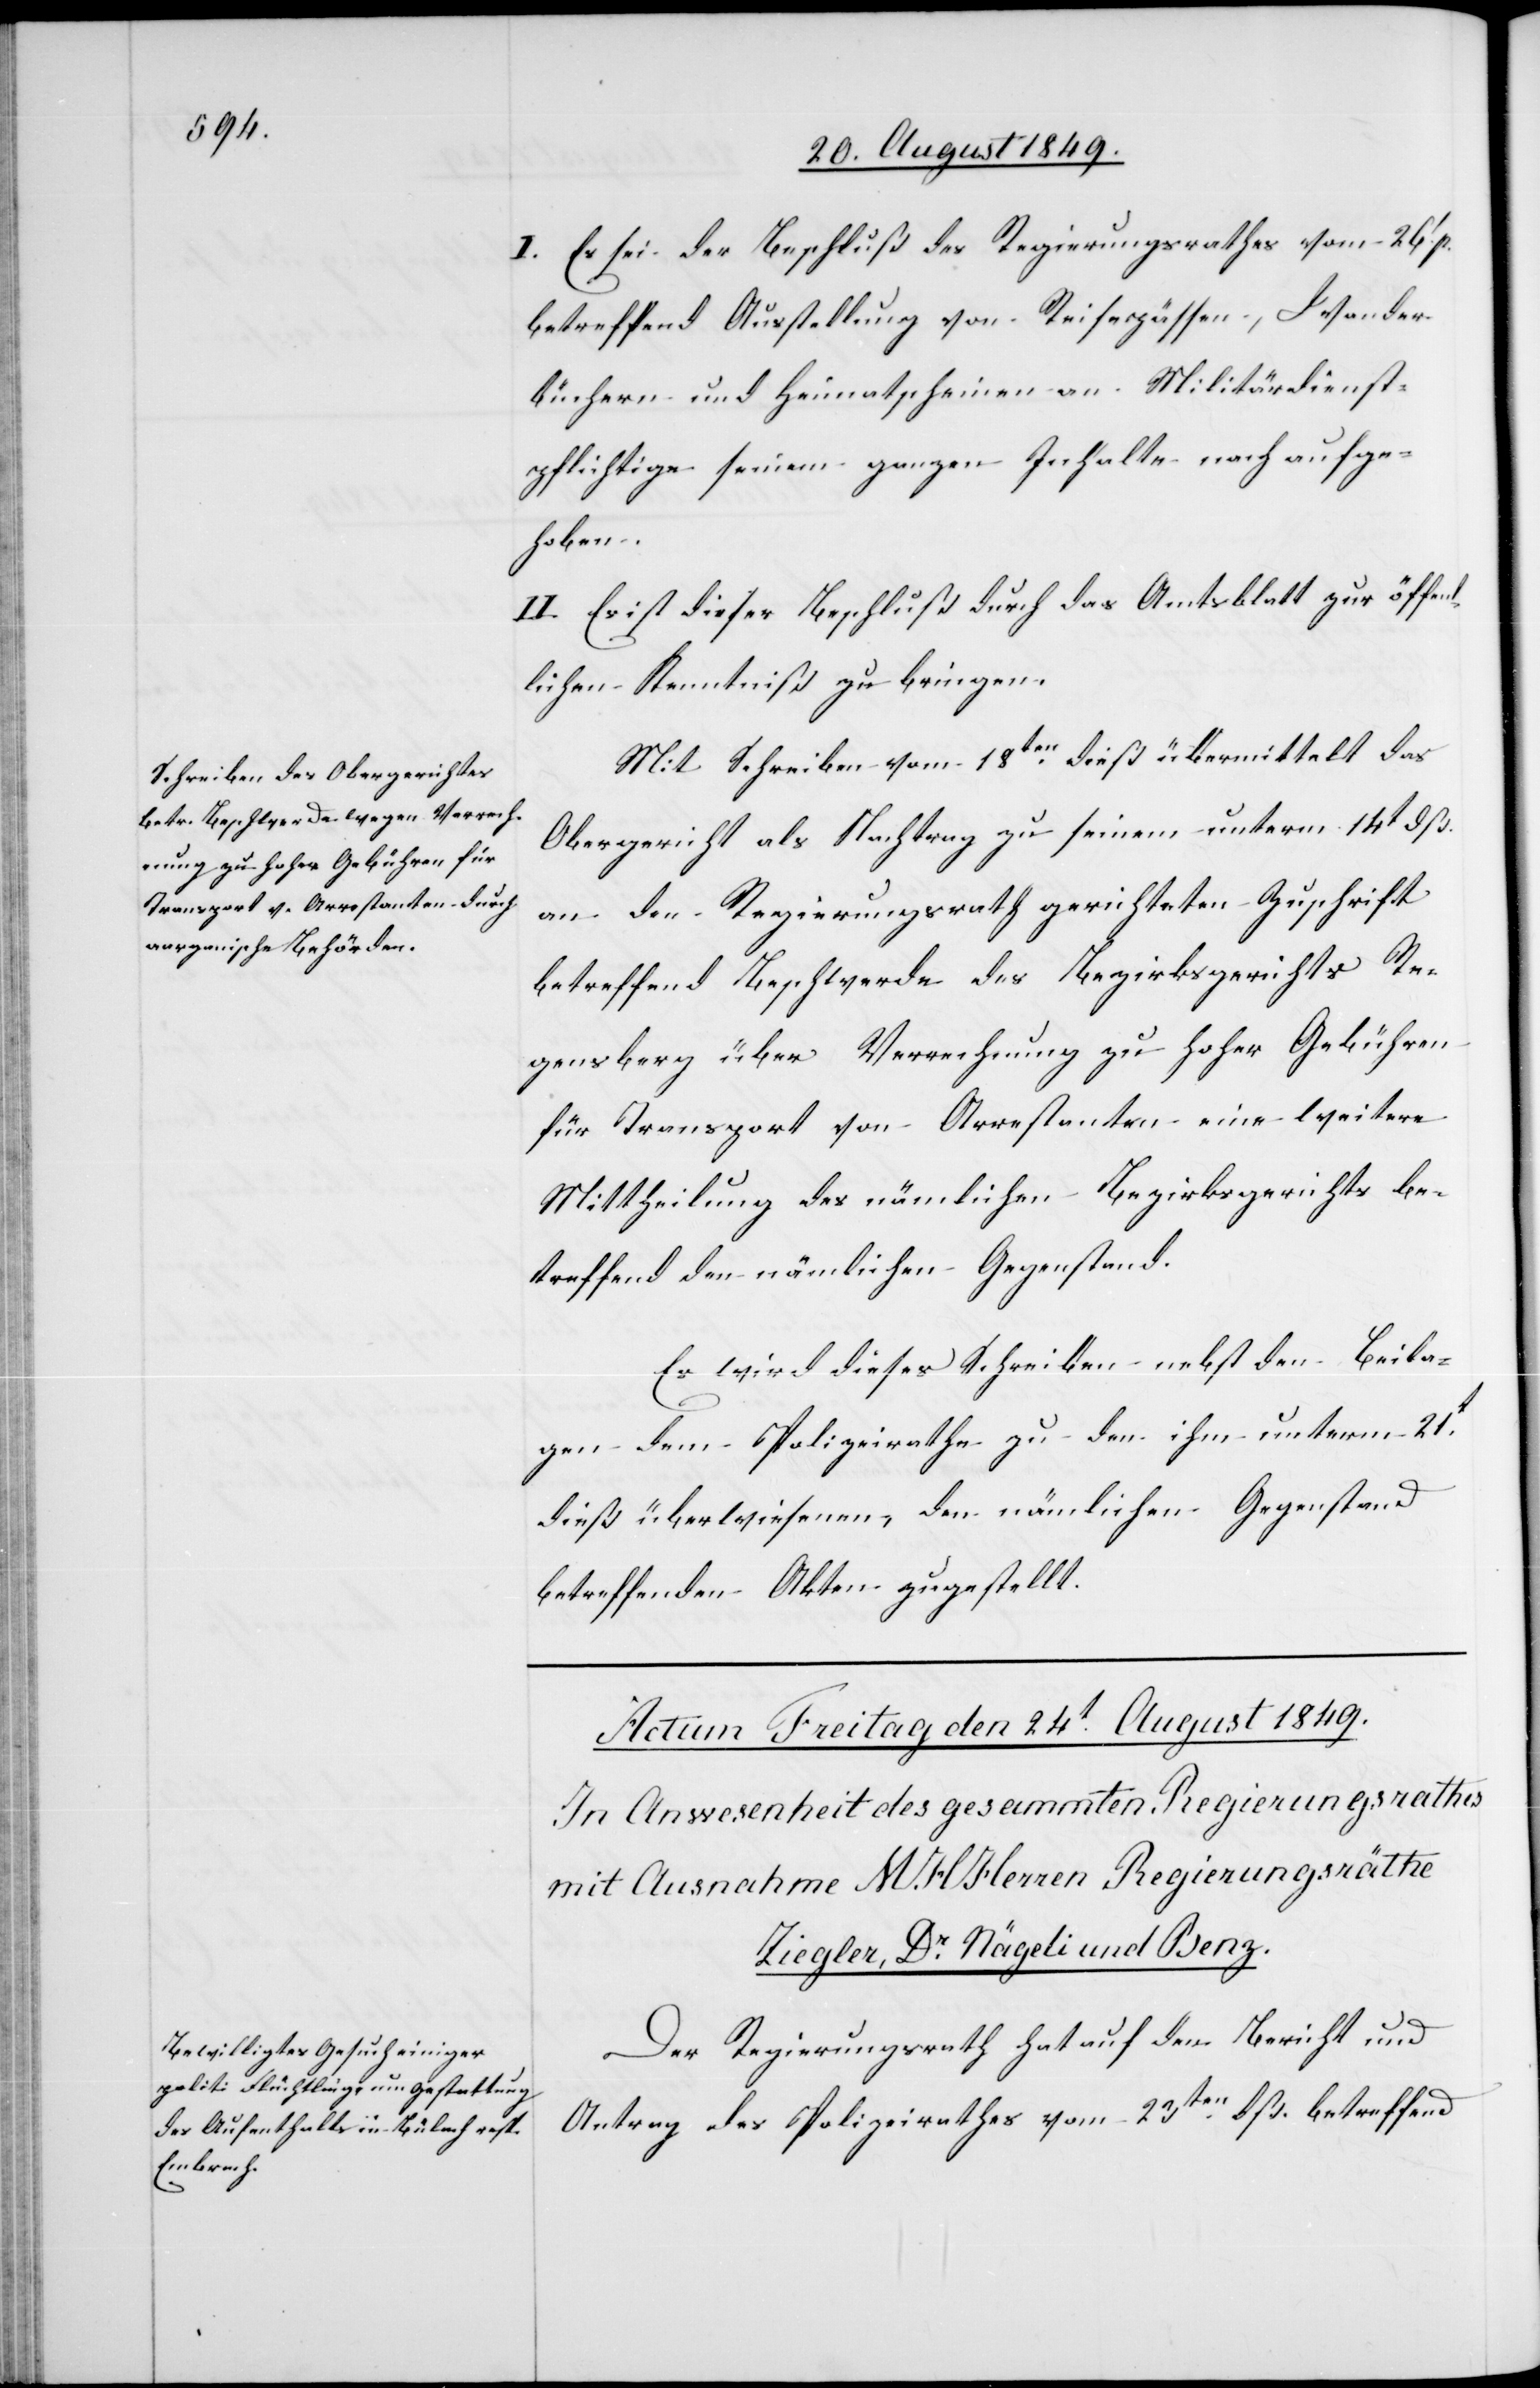
24t August 1849.]
I. Es sei der Beschluß des Regierungsrathes vom 26t p.
betreffend Ausstellung von Reisepässen, Wander¬
büchern und Heimatscheinen an Militärdienst¬
pflichtige seinem ganzen Inhalte nach aufge¬
hoben.
II. Es ist dieser Beschluß durch das Amtsblatt zur öffen¬
tlichen Kenntniß zu bringen.
Mit Schreiben vom 18ten dieß übermittelt das
Obergericht als Nachtrag zu seinem unterm 14t dß.
an den Regierungsrath gerichteten Zuschrift
betreffend Beschwerde des Bezirksgerichts Re¬
gensberg über Verrechnung zu hoher Gebühren
für Transport von Arrestanten eine weitere
Mittheilung des nämlichen Bezirksgerichts be¬
treffend den nämlichen Gegenstand.
Es wird dieses Schreiben nebst den Beila¬
gen dem Polizeirathe zu den ihm unterm 21t
dieß überwiesenen, den nämlichen Gegenstand
betreffend Akten zugestellt.
Der Regierungsrath hat auf den Bericht und
Antrag des Polizeirathes vom 23ten dß. betreffend